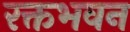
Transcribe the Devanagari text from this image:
रक्तभवन